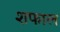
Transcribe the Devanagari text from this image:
शफाल